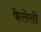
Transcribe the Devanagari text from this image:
फेलेसी